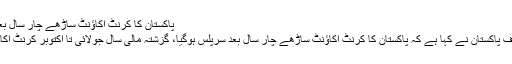
پاکستان کا کرنٹ اکاؤنٹ ساڑھے چار سال بعد سرپلس ہوگیا، اسٹیٹ بینک -
کراچی : ترجمان اسٹیٹ بینک آف پاکستان نے کہا ہے کہ پاکستان کا کرنٹ اکاؤنٹ ساڑھے چار سال بعد سرپلس ہوگیا، گزشتہ مالی سال جولائی تا اکتوبر کرنٹ اکاؤنٹ خسارہ5.56ارب ڈالر تھا۔